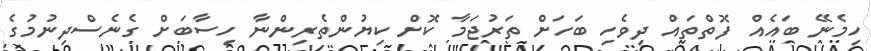
ހިމެނޭ ބައެއް ފޮތްތައް ދިވެހި ބަހަށް ތަރުޖަމާ ކޮށް ކިޔުންތެރިންނާ ހިސާބަށް ގެނެސްދިނުމުގެ